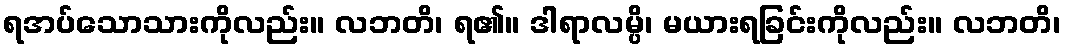
ရအပ်သောသားကိုလည်း။ လဘတိ၊ ရ၏။ ဒါရာလမ္ပိ၊ မယားရခြင်းကိုလည်း။ လဘတိ၊